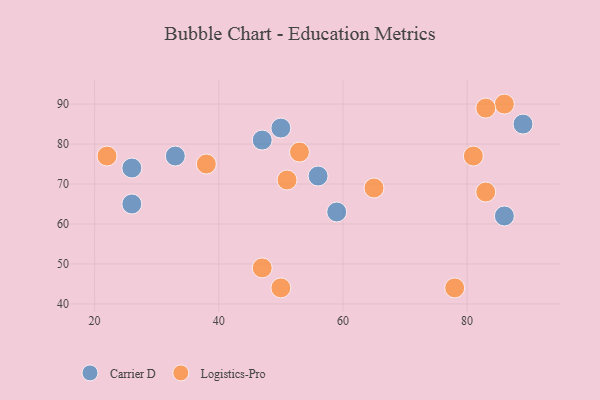
{"axis": {"x": "GDP", "y": "Life Expectancy"}, "legend": ["Carrier D", "Logistics-Pro"], "data": [{"x": "86", "y": 62, "type": "Carrier D"}, {"x": "33", "y": 77, "type": "Carrier D"}, {"x": "59", "y": 63, "type": "Carrier D"}, {"x": "26", "y": 65, "type": "Carrier D"}, {"x": "89", "y": 85, "type": "Carrier D"}, {"x": "50", "y": 84, "type": "Carrier D"}, {"x": "47", "y": 81, "type": "Carrier D"}, {"x": "26", "y": 74, "type": "Carrier D"}, {"x": "56", "y": 72, "type": "Carrier D"}, {"x": "81", "y": 77, "type": "Logistics-Pro"}, {"x": "78", "y": 44, "type": "Logistics-Pro"}, {"x": "86", "y": 90, "type": "Logistics-Pro"}, {"x": "38", "y": 75, "type": "Logistics-Pro"}, {"x": "83", "y": 89, "type": "Logistics-Pro"}, {"x": "51", "y": 71, "type": "Logistics-Pro"}, {"x": "47", "y": 49, "type": "Logistics-Pro"}, {"x": "22", "y": 77, "type": "Logistics-Pro"}, {"x": "65", "y": 69, "type": "Logistics-Pro"}, {"x": "83", "y": 68, "type": "Logistics-Pro"}, {"x": "53", "y": 78, "type": "Logistics-Pro"}, {"x": "50", "y": 44, "type": "Logistics-Pro"}]}